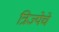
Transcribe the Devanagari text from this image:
त्रिज्येचे